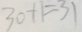
3 0 + 1 = 3 1